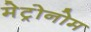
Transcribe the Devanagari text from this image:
मेट्रोनोम